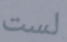
لست